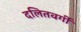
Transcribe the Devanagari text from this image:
दलितवर्गी